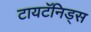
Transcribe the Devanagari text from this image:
टायटॅनिड्स